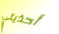
أحذيتي